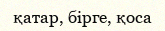
қатар, бірге, қоса